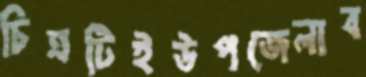
চিত্রটিইউপজেলাব